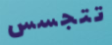
تتجسس